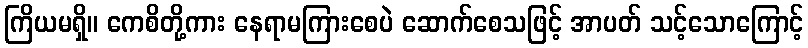
ကြိယမရှိ။ ကေစိတို့ကား နေရာမကြားစေပဲ ဆောက်စေသဖြင့် အာပတ် သင့်သောကြောင့်